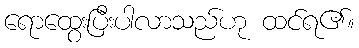
ရောထွေးပြီးပါလာသည်ဟု ထင်ရ၏။